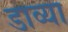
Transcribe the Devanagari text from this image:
डाव्‍या